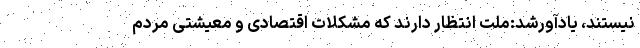
نیستند، یادآورشد:ملت انتظار دارند که مشکلات اقتصادی و معیشتی مردم